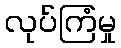
လုပ်ကြံမှု